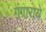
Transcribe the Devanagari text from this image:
गंगाराये